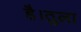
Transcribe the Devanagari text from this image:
है।तुला